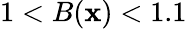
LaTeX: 1<B(\mathbf{x})<1.1